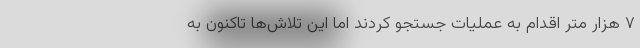
۷ هزار متر اقدام به عملیات جستجو کردند اما این تلاش‌ها تاکنون به